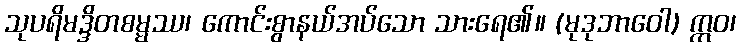
သုပရိမဒ္ဒိတစမ္မဿ၊ ကောင်းစွာနယ်အပ်သော သားရေ၏။ (မုဒုဘာဝေါ) ဣဝ၊